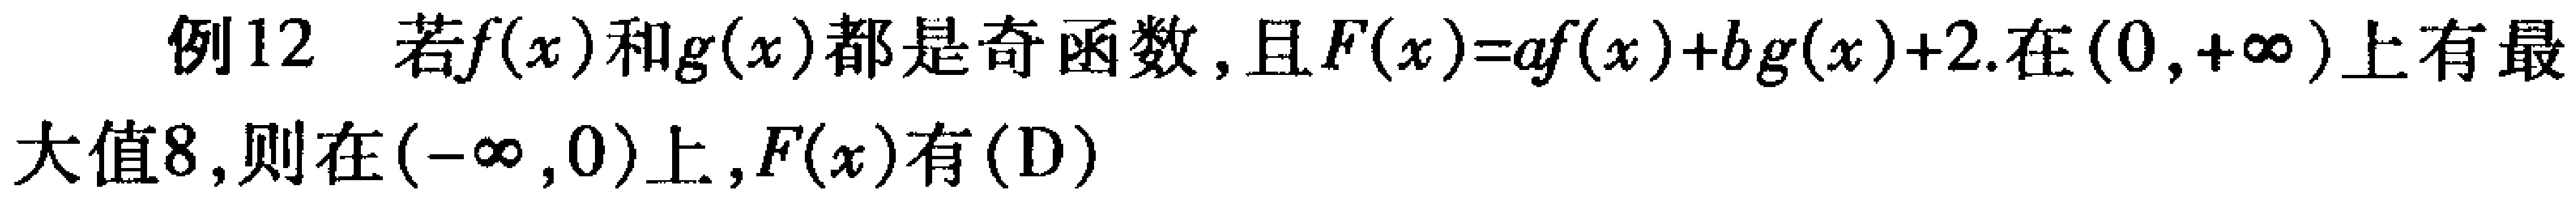
例12 若\(f(x)\)和\(g(x)\)都是奇函数，且\(F(x)=af(x)+bg(x)+2\)在\((0,+\infty)\)上有最大值8，则在\((-\infty,0)\)上，\(F(x)\)有(D)